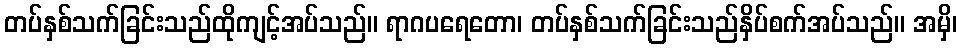
တပ်နှစ်သက်ခြင်းသည်ထိုကျင့်အပ်သည်။ ရာဂပရေတော၊ တပ်နှစ်သက်ခြင်းသည်နှိပ်စက်အပ်သည်။ အမှိ၊